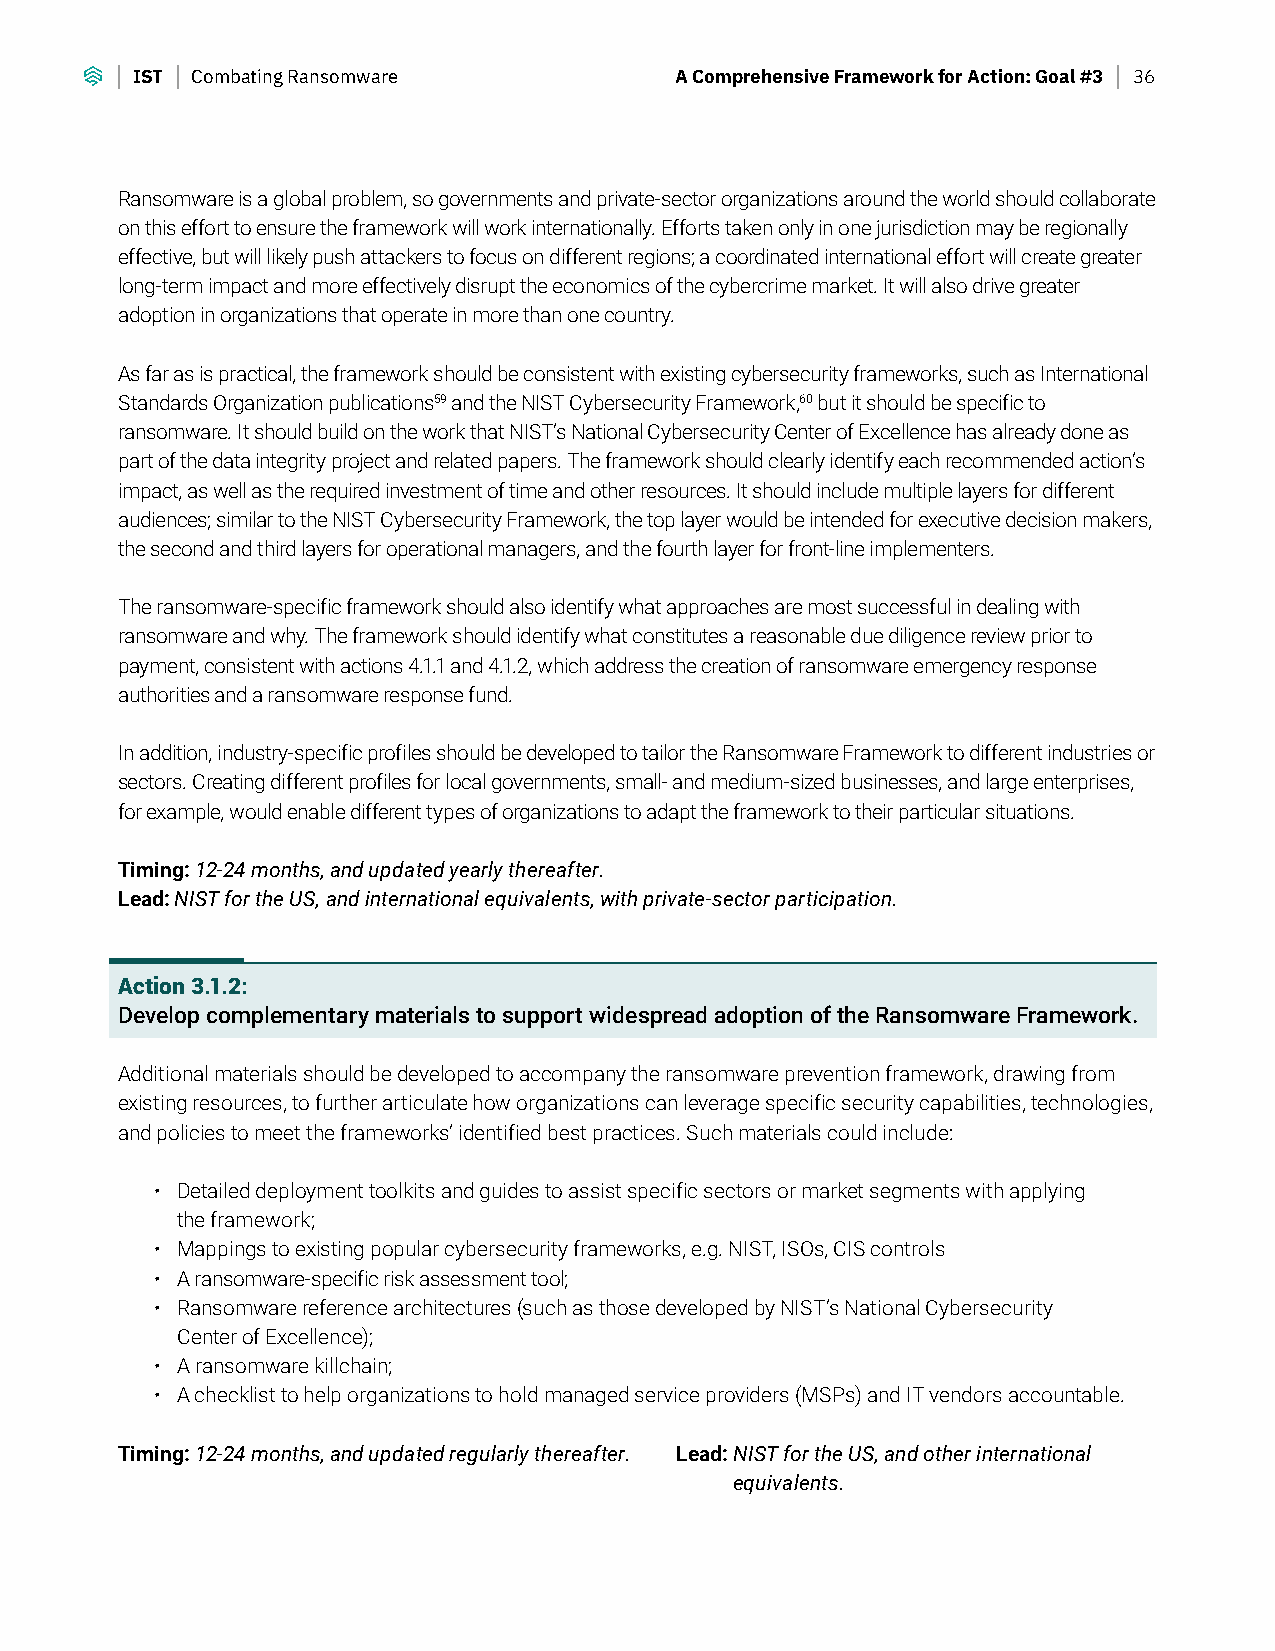
IST Combating Ransomware            A Comprehensive Framework for Action: Goal #3 36
 Ransomware is a global problem, so governments and private-sector organizations around the world should collaborate
 on this effort to ensure the framework will work internationally. Efforts taken only in one jurisdiction may be regionally
 effective, but will likely push attackers to focus on different regions; a coordinated international effort will create greater
 long-term impact and more effectively disrupt the economics of the cybercrime market. It will also drive greater
 adoption in organizations that operate in more than one country.
 As far as is practical, the framework should be consistent with existing cybersecurity frameworks, such as International
 Standards Organization publications59 and the NIST Cybersecurity Framework,60 but it should be specific to
 ransomware. It should build on the work that NIST’s National Cybersecurity Center of Excellence has already done as
 part of the data integrity project and related papers. The framework should clearly identify each recommended action’s
 impact, as well as the required investment of time and other resources. It should include multiple layers for different
 audiences; similar to the NIST Cybersecurity Framework, the top layer would be intended for executive decision makers,
 the second and third layers for operational managers, and the fourth layer for front-line implementers.
 The ransomware-specific framework should also identify what approaches are most successful in dealing with
 ransomware and why. The framework should identify what constitutes a reasonable due diligence review prior to
 payment, consistent with actions 4.1.1 and 4.1.2, which address the creation of ransomware emergency response
 authorities and a ransomware response fund.
 In addition, industry-specific profiles should be developed to tailor the Ransomware Framework to different industries or
 sectors. Creating different profiles for local governments, small- and medium-sized businesses, and large enterprises,
 for example, would enable different types of organizations to adapt the framework to their particular situations.
 Timing: 12-24 months, and updated yearly thereafter.
 Lead: NIST for the US, and international equivalents, with private-sector participation.
 Action 3.1.2:
 Develop complementary materials to support widespread adoption of the Ransomware Framework.
 Additional materials should be developed to accompany the ransomware prevention framework, drawing from
 existing resources, to further articulate how organizations can leverage specific security capabilities, technologies,
 and policies to meet the frameworks’ identified best practices. Such materials could include:
 • Detailed deployment toolkits and guides to assist specific sectors or market segments with applying
 the framework;
 • Mappings to existing popular cybersecurity frameworks, e.g. NIST, ISOs, CIS controls
 • A ransomware-specific risk assessment tool;
 • Ransomware reference architectures (such as those developed by NIST’s National Cybersecurity
 Center of Excellence);
 • A ransomware killchain;
 • A checklist to help organizations to hold managed service providers (MSPs) and IT vendors accountable.
 Timing: 12-24 months, and updated regularly thereafter. Lead: NIST for the US, and other international
 equivalents.